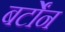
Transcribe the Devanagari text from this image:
बर्टोंन